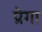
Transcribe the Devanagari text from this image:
प्रेगा